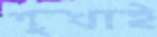
শুখাই